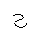
Letter: _ha